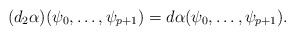
\begin{align*}(d_2\alpha)(\psi_0,\dots,\psi_{p+1})=d \alpha(\psi_0,\dots,\psi_{p+1}).\end{align*}